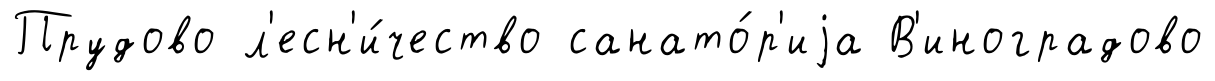
Прудово л'есн'и́чество санато́р'иjа В'иноградово